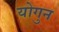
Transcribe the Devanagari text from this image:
योगुन